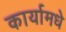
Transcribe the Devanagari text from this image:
कार्यामधे